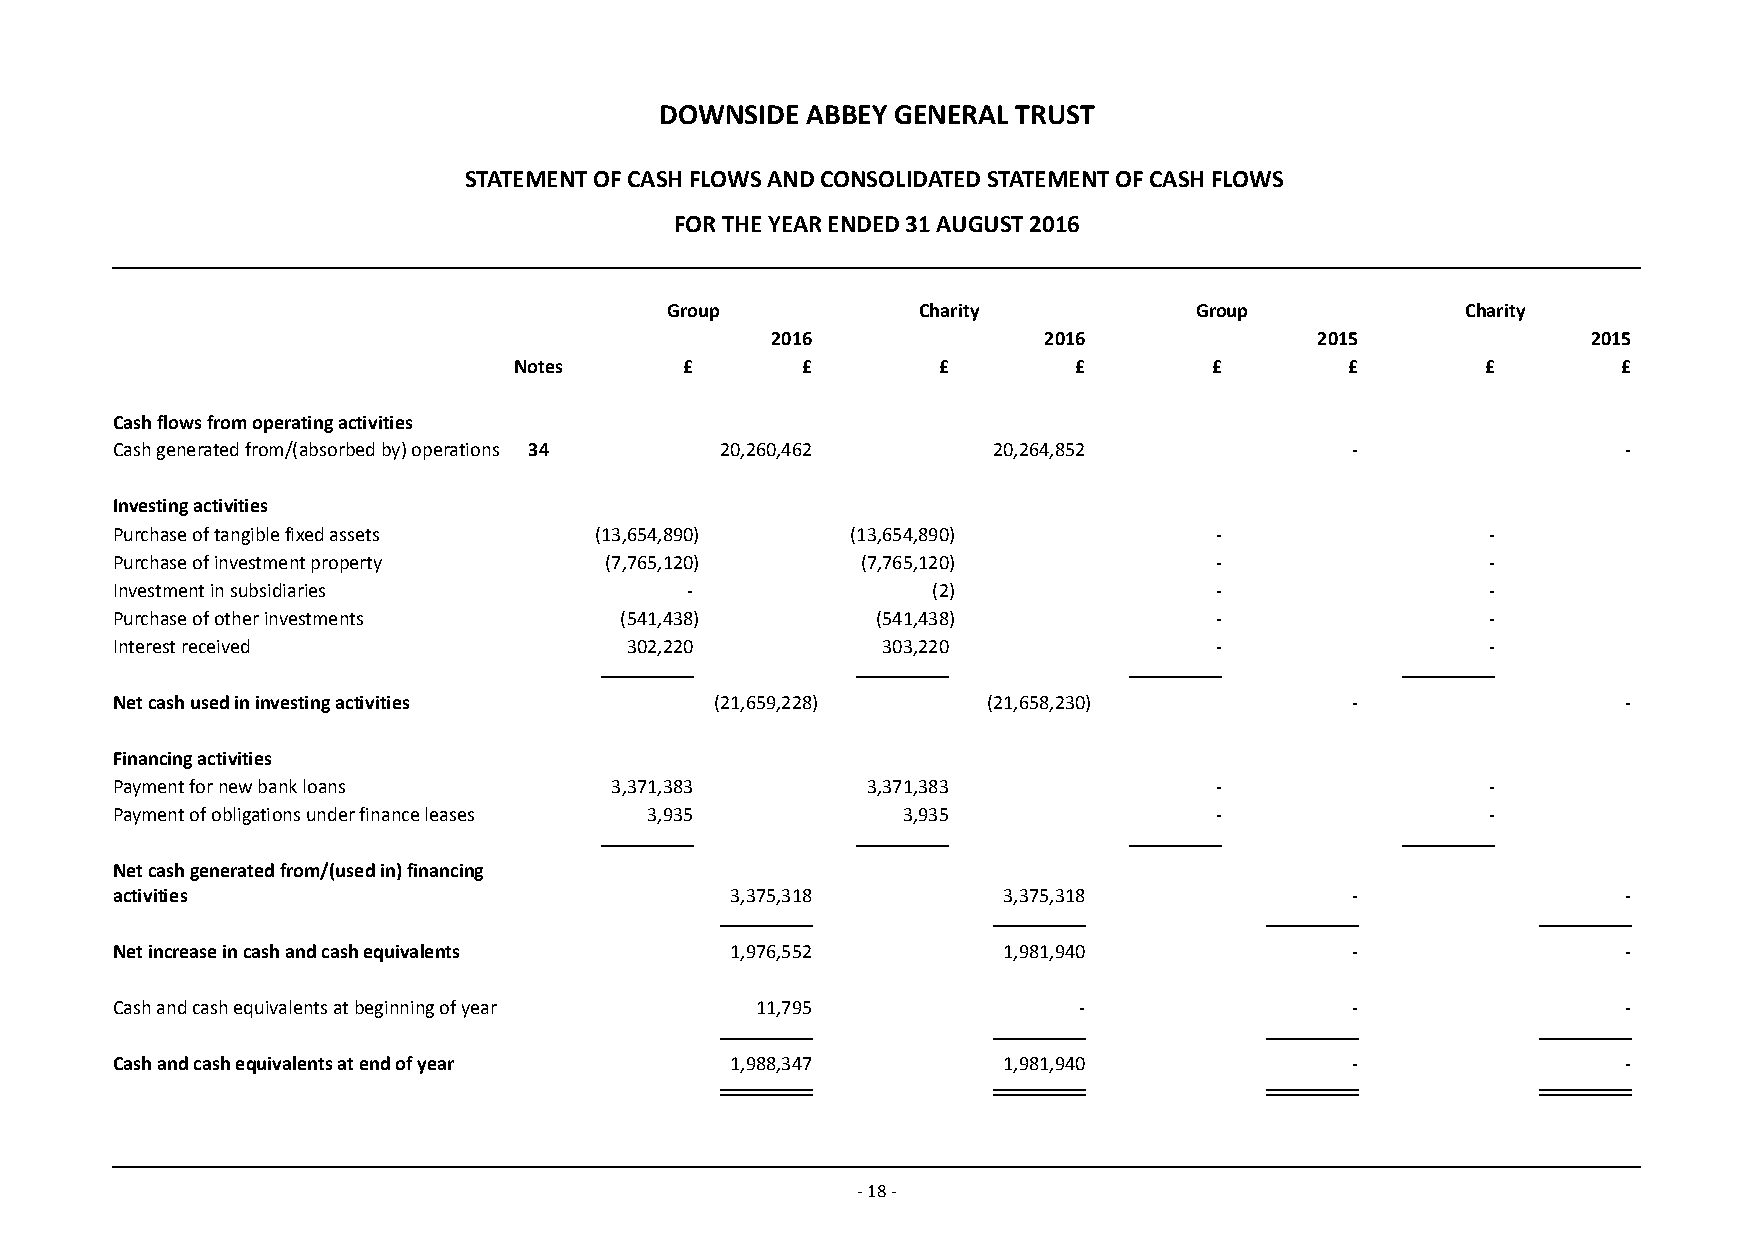
DOWNSIDE ABBEY GENERAL TRUST
 STATEMENT OF CASH FLOWS AND CONSOLIDATED STATEMENT OF CASH FLOWS
 FOR THE YEAR ENDED 31 AUGUST 2016
 Group            Charity           Group             Charity
 2016              2016              2015              2015
 Notes      £       £        £        £        £        £        £        £
 Cash flows from operating activities
 Cash generated from/(absorbed by) operations 34 20,260,462 20,264,852              -                 -
 Investing activities
 Purchase of tangible fixed assets (13,654,890)   (13,654,890)            -                  -
 Purchase of investment property  (7,765,120)      (7,765,120)            -                  -
 Investment in subsidiaries            -                (2)               -                  -
 Purchase of other investments     (541,438)        (541,438)             -                  -
 Interest received                 302,220          303,220               -                  -
 Net cash used in investing activities   (21,659,228)      (21,658,230)             -                 -
 Financing activities
 Payment for new bank loans       3,371,383        3,371,383              -                  -
 Payment of obligations under finance leases 3,935    3,935               -                  -
 Net cash generated from/(used in) financing
 activities                               3,375,318         3,375,318               -                 -
 Net increase in cash and cash equivalents 1,976,552        1,981,940               -                 -
 Cash and cash equivalents at beginning of year 11,795           -                  -                 -
 Cash and cash equivalents at end of year 1,988,347         1,981,940               -                 -
 - 18 -